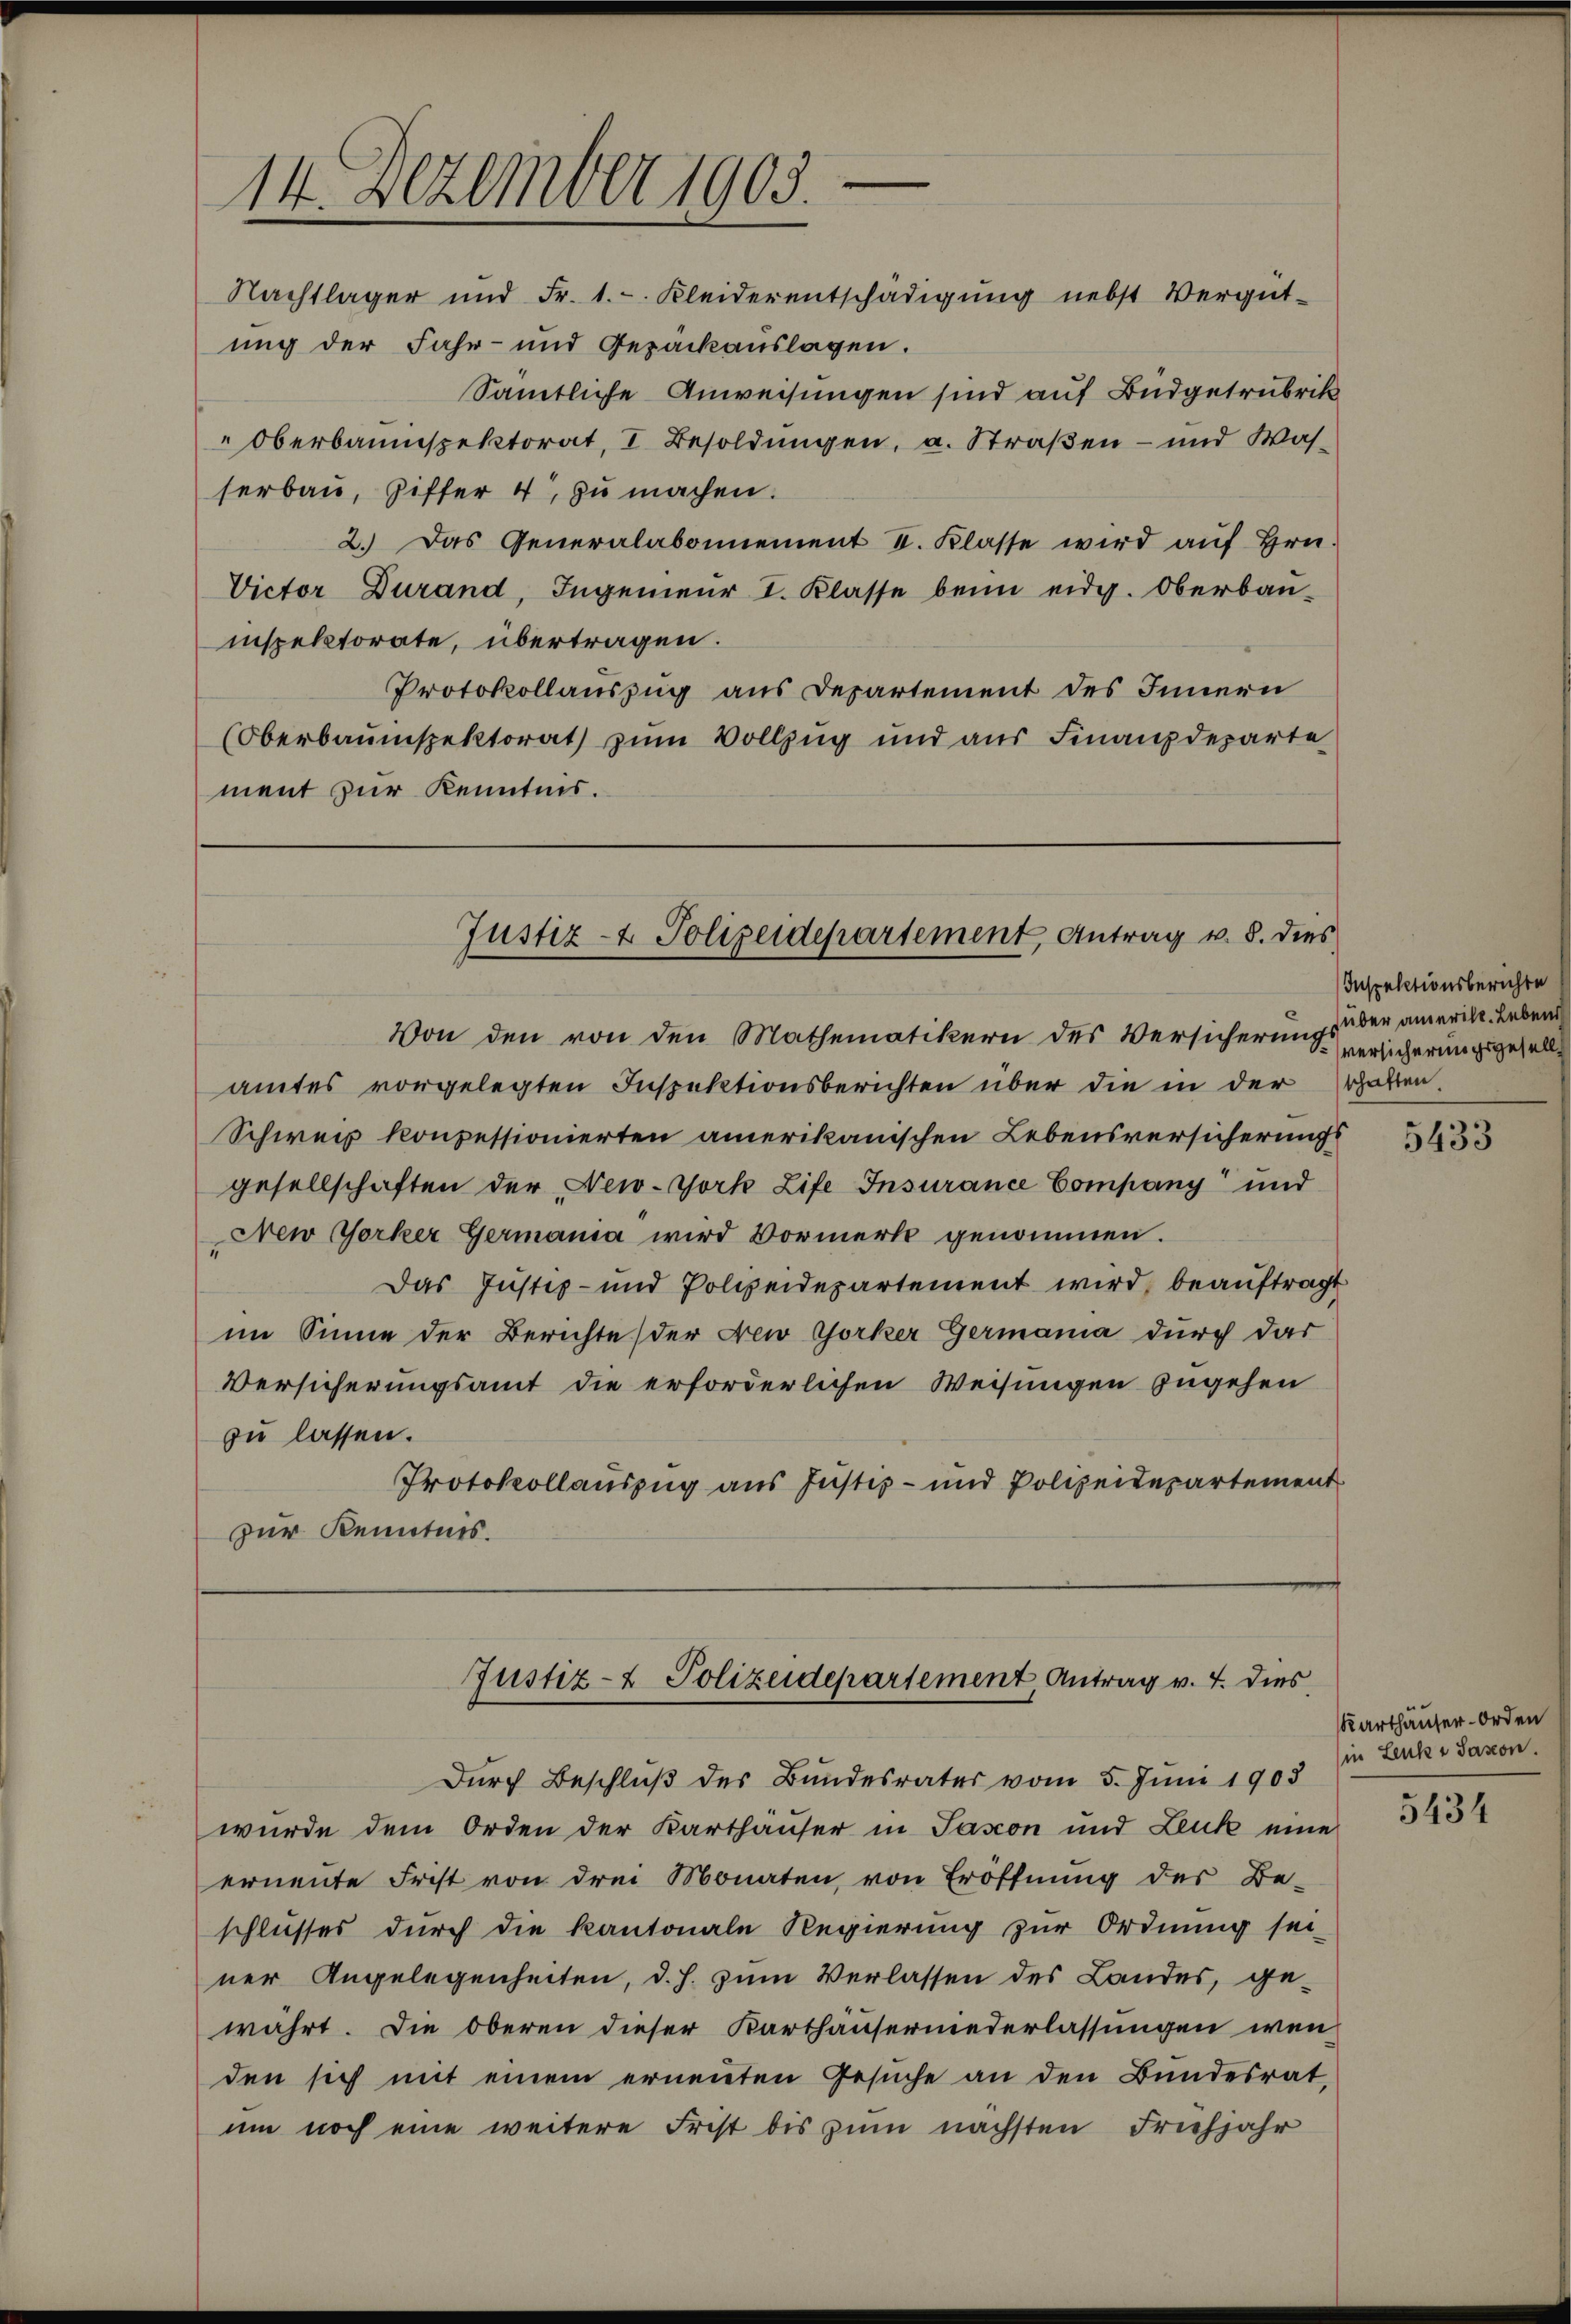
14. Dezember 1905.

Nachtlager und Fr. 1. Kleiderentschädigŭng nebst Vergüt-
ung der Fahr- und Gepackauslagen.
Sämtliche Anweisungen sind auf Budgetrubrik
" Oberbaumspektorat, I. Besoldŭngen, a. Straßen- und Was-
serbau, Ziffer 4, zu machen.
2. Das Generalabonnement V. Klasse wird aŭf Hrn.
Victor Durand, Ingenieur I. Klasse beim eidg. Oberbau-
inspektorate, übertragen.
Protokollauszug aus Departement des Innern
(Oberbauinspektorat zum Vollzug und aus Finanzdeparte
ment zur Kenntnis.

Justiz- & Polizeidepartement Antrag v. 8. dies

Von den von den Mathematikern des Versicherungs der amerint. Leben
amtes vorgelegten Inspektionsberichten über die in der Erhalten,
Schweiz konpessionierten amerikanischen Lebensversicherungs
gesellschaften der New-York Life Insurance Company und
New Yorker Germania wird Vormerk genommen.
Das Justiz- und Polizeidepartement wird, beauftragt
im Sinne der Berichte der New Yorker Germania durch das
Versicherungsamt die erforderlichen Weisungen zugehen
zu lassen.
Protokollauszug aus Justiz- und Polizeidepartement
zur Kenntnis.

Justiz- & Polizeidepartement, Antrag v. 4. dies

Inspektionsberichte
versicherungsgesell

Durch Beschluß des Bundesrates vom 5. Juni 1903
wurde dem Orden der Karthäuser in Pasion und Leuk eine
ernente Frist von drei Monaten von Eröffnung des Be-
schlusses durch die Kantonale Regierung zur Ordnung sei-
ner Angelegenheiten, d. h. zum Verlassen des Landes, ge-
währt. Die Oberen dieser Karthäuserniederlassungen wen
den sich mit einem ernenten Gesuche an den Bundesrat,
um noch eine weitere Frist bis zum nächsten Frühjahr

5433

Karthäuser-Orden
in Leuks Saxon.

5434